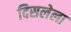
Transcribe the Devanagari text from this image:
दिसलेला